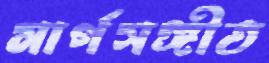
মার্গসঙ্গীত